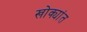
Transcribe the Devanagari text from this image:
खोक्यांत